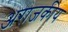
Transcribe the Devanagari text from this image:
अराजकीय